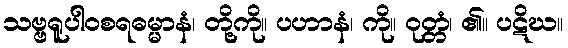
သဗ္ဗရူပါဝစရဓမ္မာနံ၊ တို့ကို။ ပဟာနံ၊ ကို။ ဝုတ္တံ၊ ၏။ ပဋိဃ။